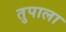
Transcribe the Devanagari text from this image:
तुपाला